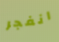
انفجر